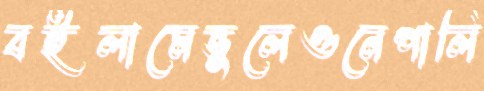
বইলামেভুলেওনেপালি